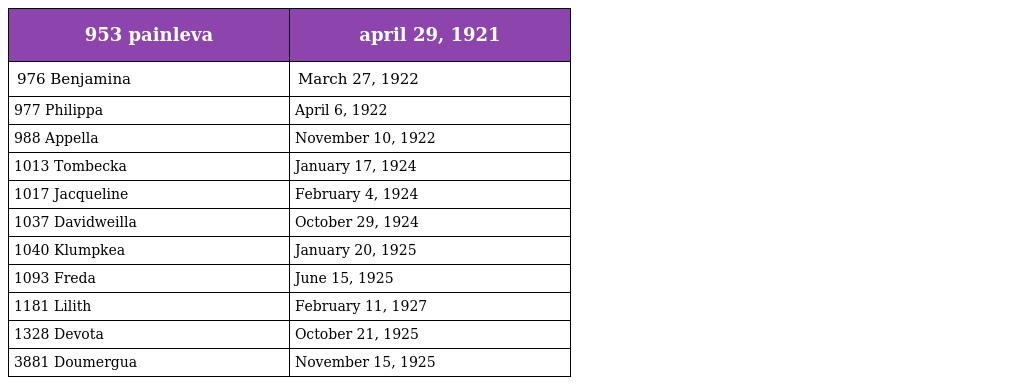
| 953 painleva | april 29, 1921 |
 | --- | --- |
 | 976 Benjamina | March 27, 1922 |
 | 977 Philippa | April 6, 1922 |
 | 988 Appella | November 10, 1922 |
 | 1013 Tombecka | January 17, 1924 |
 | 1017 Jacqueline | February 4, 1924 |
 | 1037 Davidweilla | October 29, 1924 |
 | 1040 Klumpkea | January 20, 1925 |
 | 1093 Freda | June 15, 1925 |
 | 1181 Lilith | February 11, 1927 |
 | 1328 Devota | October 21, 1925 |
 | 3881 Doumergua | November 15, 1925 |